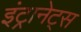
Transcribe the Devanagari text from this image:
इंट्रानेट्स